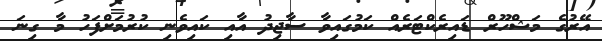
އޭރުގެ މަޝްހޫރް ޑައިރެކްޓަރެއް ކަމުގައިވާ ސާޖިދު އާއި ކައިވެނި ކުރުމަށްފަހު މާ ގިނަ